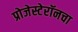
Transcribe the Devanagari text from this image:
प्रोजेस्टेरॉनचा